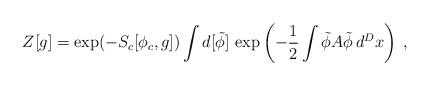
LaTeX: \begin{align*}Z[g]=\exp(-S_c[\phi_c,g])\int d[\tilde\phi]\,\exp\left(-\frac12\int\tilde\phi A\tilde\phi\,d^Dx\right)\:,\end{align*}